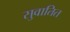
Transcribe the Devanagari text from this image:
सुवातित